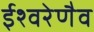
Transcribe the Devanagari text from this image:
ईश्वरेणैव